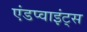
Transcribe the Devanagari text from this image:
एंडप्वाइंट्स